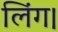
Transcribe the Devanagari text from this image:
लिंग।